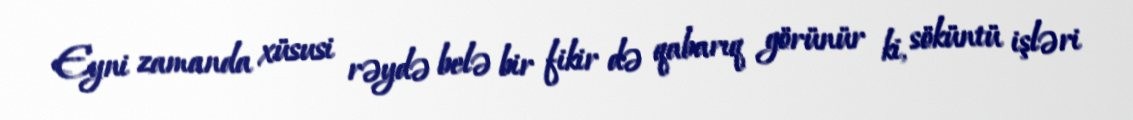
Eyni zamanda xüsusi rəydə belə bir fikir də qabarıq görünür ki, söküntü işləri